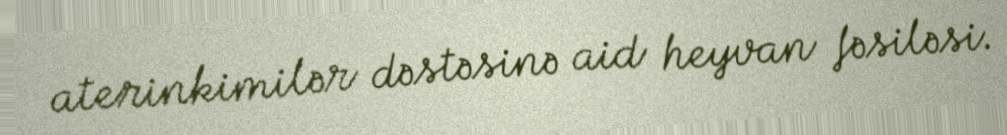
aterinkimilər dəstəsinə aid heyvan fəsiləsi.